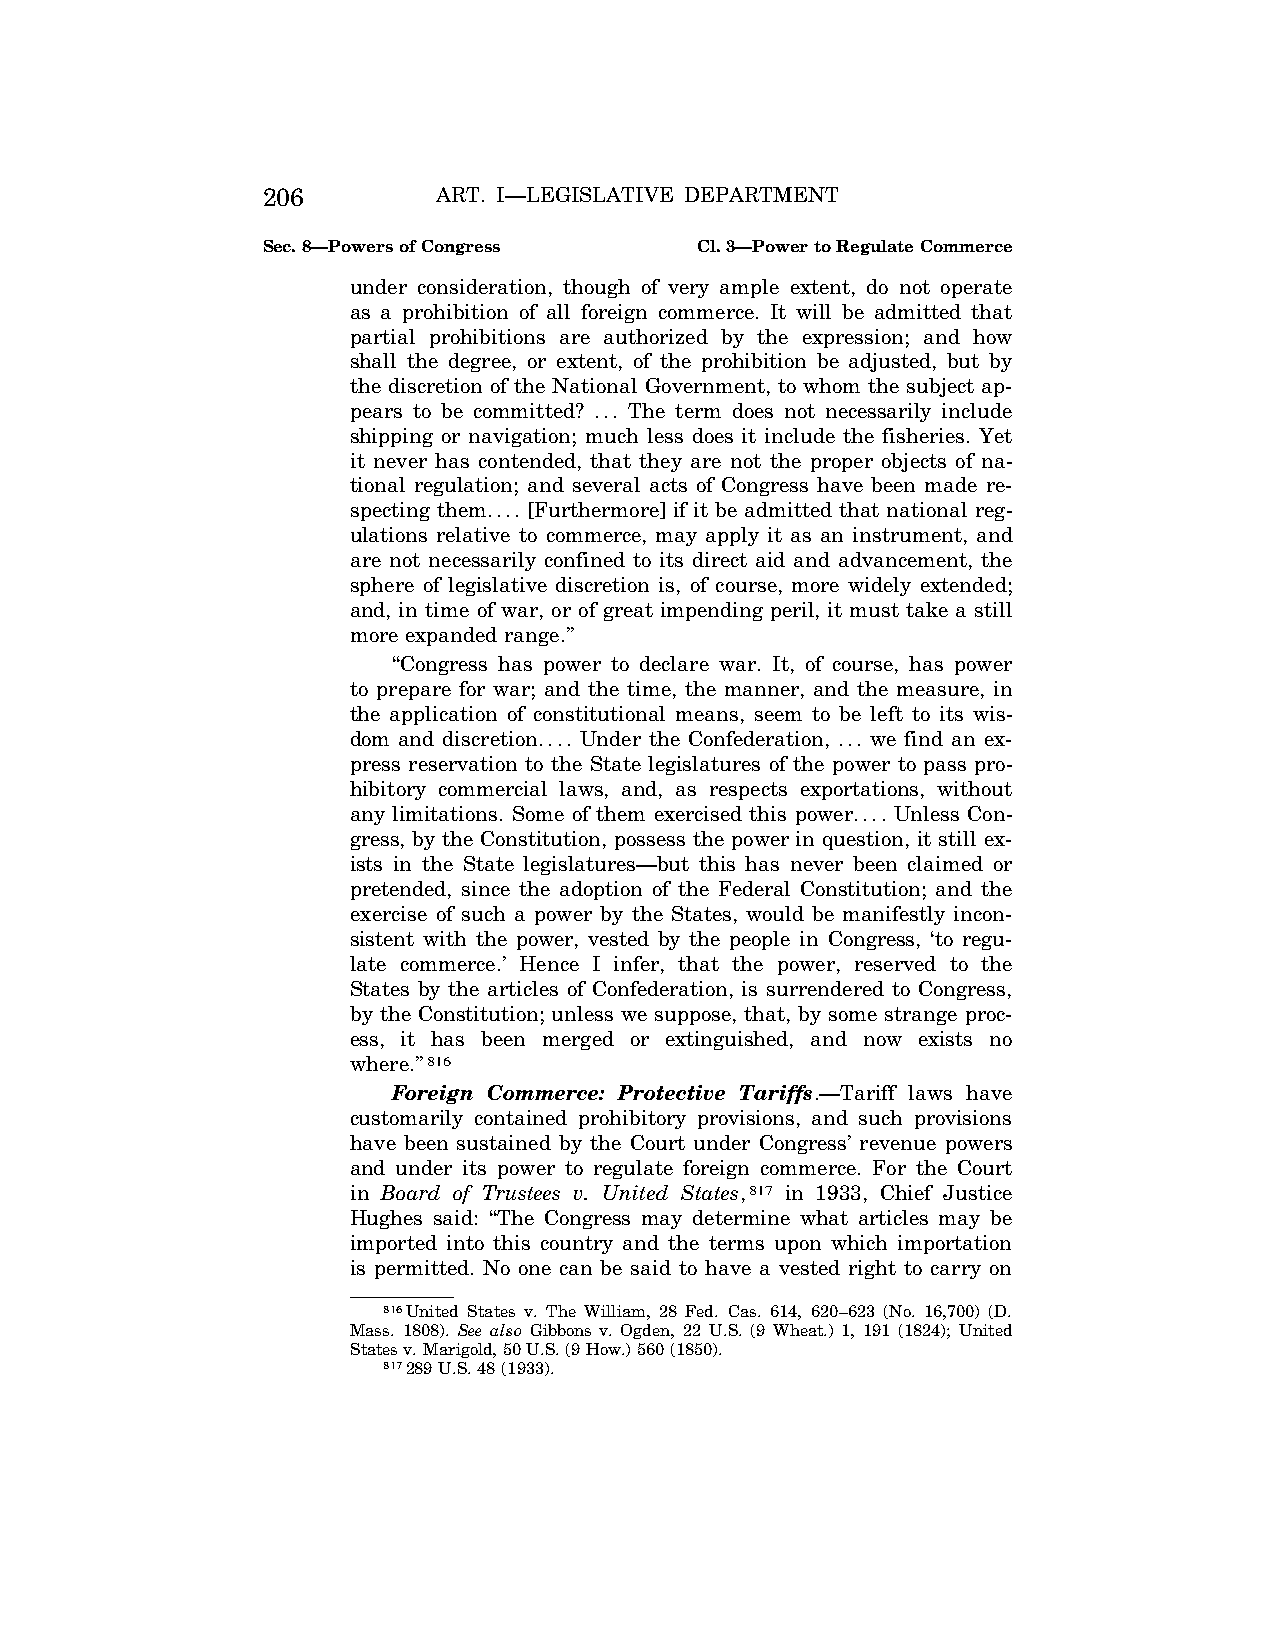
206         ART. I—LEGISLATIVE DEPARTMENT
 Sec. 8—Powers of Congress    Cl. 3—Power to Regulate Commerce
 under consideration, though of very ample extent, do not operate
 as a prohibition of all foreign commerce. It will be admitted that
 partial prohibitions are authorized by the expression; and how
 shall the degree, or extent, of the prohibition be adjusted, but by
 the discretion of the National Government, to whom the subject ap-
 pears to be committed? ... The term does not necessarily include
 shipping or navigation; much less does it include the fisheries. Yet
 it never has contended, that they are not the proper objects of na-
 tional regulation; and several acts of Congress have been made re-
 specting them.... [Furthermore] if it be admitted that national reg-
 ulations relative to commerce, may apply it as an instrument, and
 are not necessarily confined to its direct aid and advancement, the
 sphere of legislative discretion is, of course, more widely extended;
 and, in time of war, or of great impending peril, it must take a still
 more expanded range.’’
 ‘‘Congress has power to declare war. It, of course, has power
 to prepare for war; and the time, the manner, and the measure, in
 the application of constitutional means, seem to be left to its wis-
 dom and discretion.... Under the Confederation, ... we find an ex-
 press reservation to the State legislatures of the power to pass pro-
 hibitory commercial laws, and, as respects exportations, without
 any limitations. Some of them exercised this power.... Unless Con-
 gress, by the Constitution, possess the power in question, it still ex-
 ists in the State legislatures—but this has never been claimed or
 pretended, since the adoption of the Federal Constitution; and the
 exercise of such a power by the States, would be manifestly incon-
 sistent with the power, vested by the people in Congress, ‘to regu-
 late commerce.’ Hence I infer, that the power, reserved to the
 States by the articles of Confederation, is surrendered to Congress,
 by the Constitution; unless we suppose, that, by some strange proc-
 ess, it has been merged or extinguished, and now exists no
 where.’’816
 Foreign Commerce: Protective Tariffs.—Tariff laws have
 customarily contained prohibitory provisions, and such provisions
 have been sustained by the Court under Congress’ revenue powers
 and under its power to regulate foreign commerce. For the Court
 in Board of Trustees v. United States,817 in 1933, Chief Justice
 Hughes said: ‘‘The Congress may determine what articles may be
 imported into this country and the terms upon which importation
 is permitted. No one can be said to have a vested right to carry on
 816United States v. The William, 28 Fed. Cas. 614, 620–623 (No. 16,700) (D.
 Mass. 1808). See also Gibbons v. Ogden, 22 U.S. (9 Wheat.) 1, 191 (1824); United
 States v. Marigold, 50 U.S. (9 How.) 560 (1850).
 817289 U.S. 48 (1933).
 VerDate Apr<14>2004 12:35 Apr 14, 2004 Jkt 077500 PO 00000 Frm 00144 Fmt 8222 Sfmt 8222 C:\CONAN\CON009.SGM PRFM99 PsN: CON009